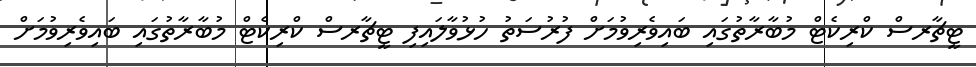
ޓީޗާރސް ކްރިކެޓް މުބާރާތުގައި ބައިވެރިވުމަށް ފުރުސަތު ހުޅުވާލައިފި ޓީޗާރސް ކްރިކެޓް މުބާރާތުގައި ބައިވެރިވުމަށް